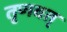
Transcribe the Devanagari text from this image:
तृणवत्